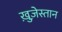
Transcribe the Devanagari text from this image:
ख़ुज़ेस्तान